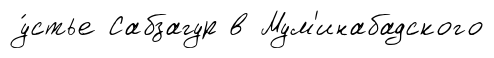
у́стье Сабзагур в Мум'инабадского